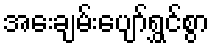
အေးချမ်းပျော်ရွှင်စွာ